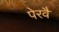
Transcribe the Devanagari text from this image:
पेरवै